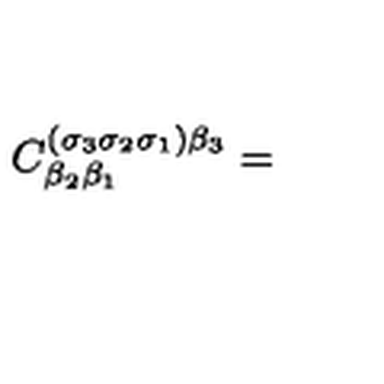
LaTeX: C _ { \beta _ { 2 } \beta _ { 1 } } ^ { ( \sigma _ { 3 } \sigma _ { 2 } \sigma _ { 1 } ) \beta _ { 3 } } =